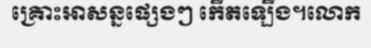
គ្រោះអាសន្នផ្សេងៗ កើតឡើង។លោក